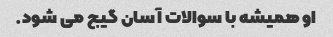
او همیشه با سوالات آسان گیج می شود.